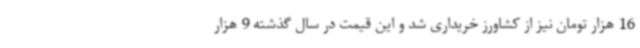
16 هزار تومان نیز از کشاورز خریداری شد و این قیمت در سال گذشته 9 هزار